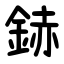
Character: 䤲